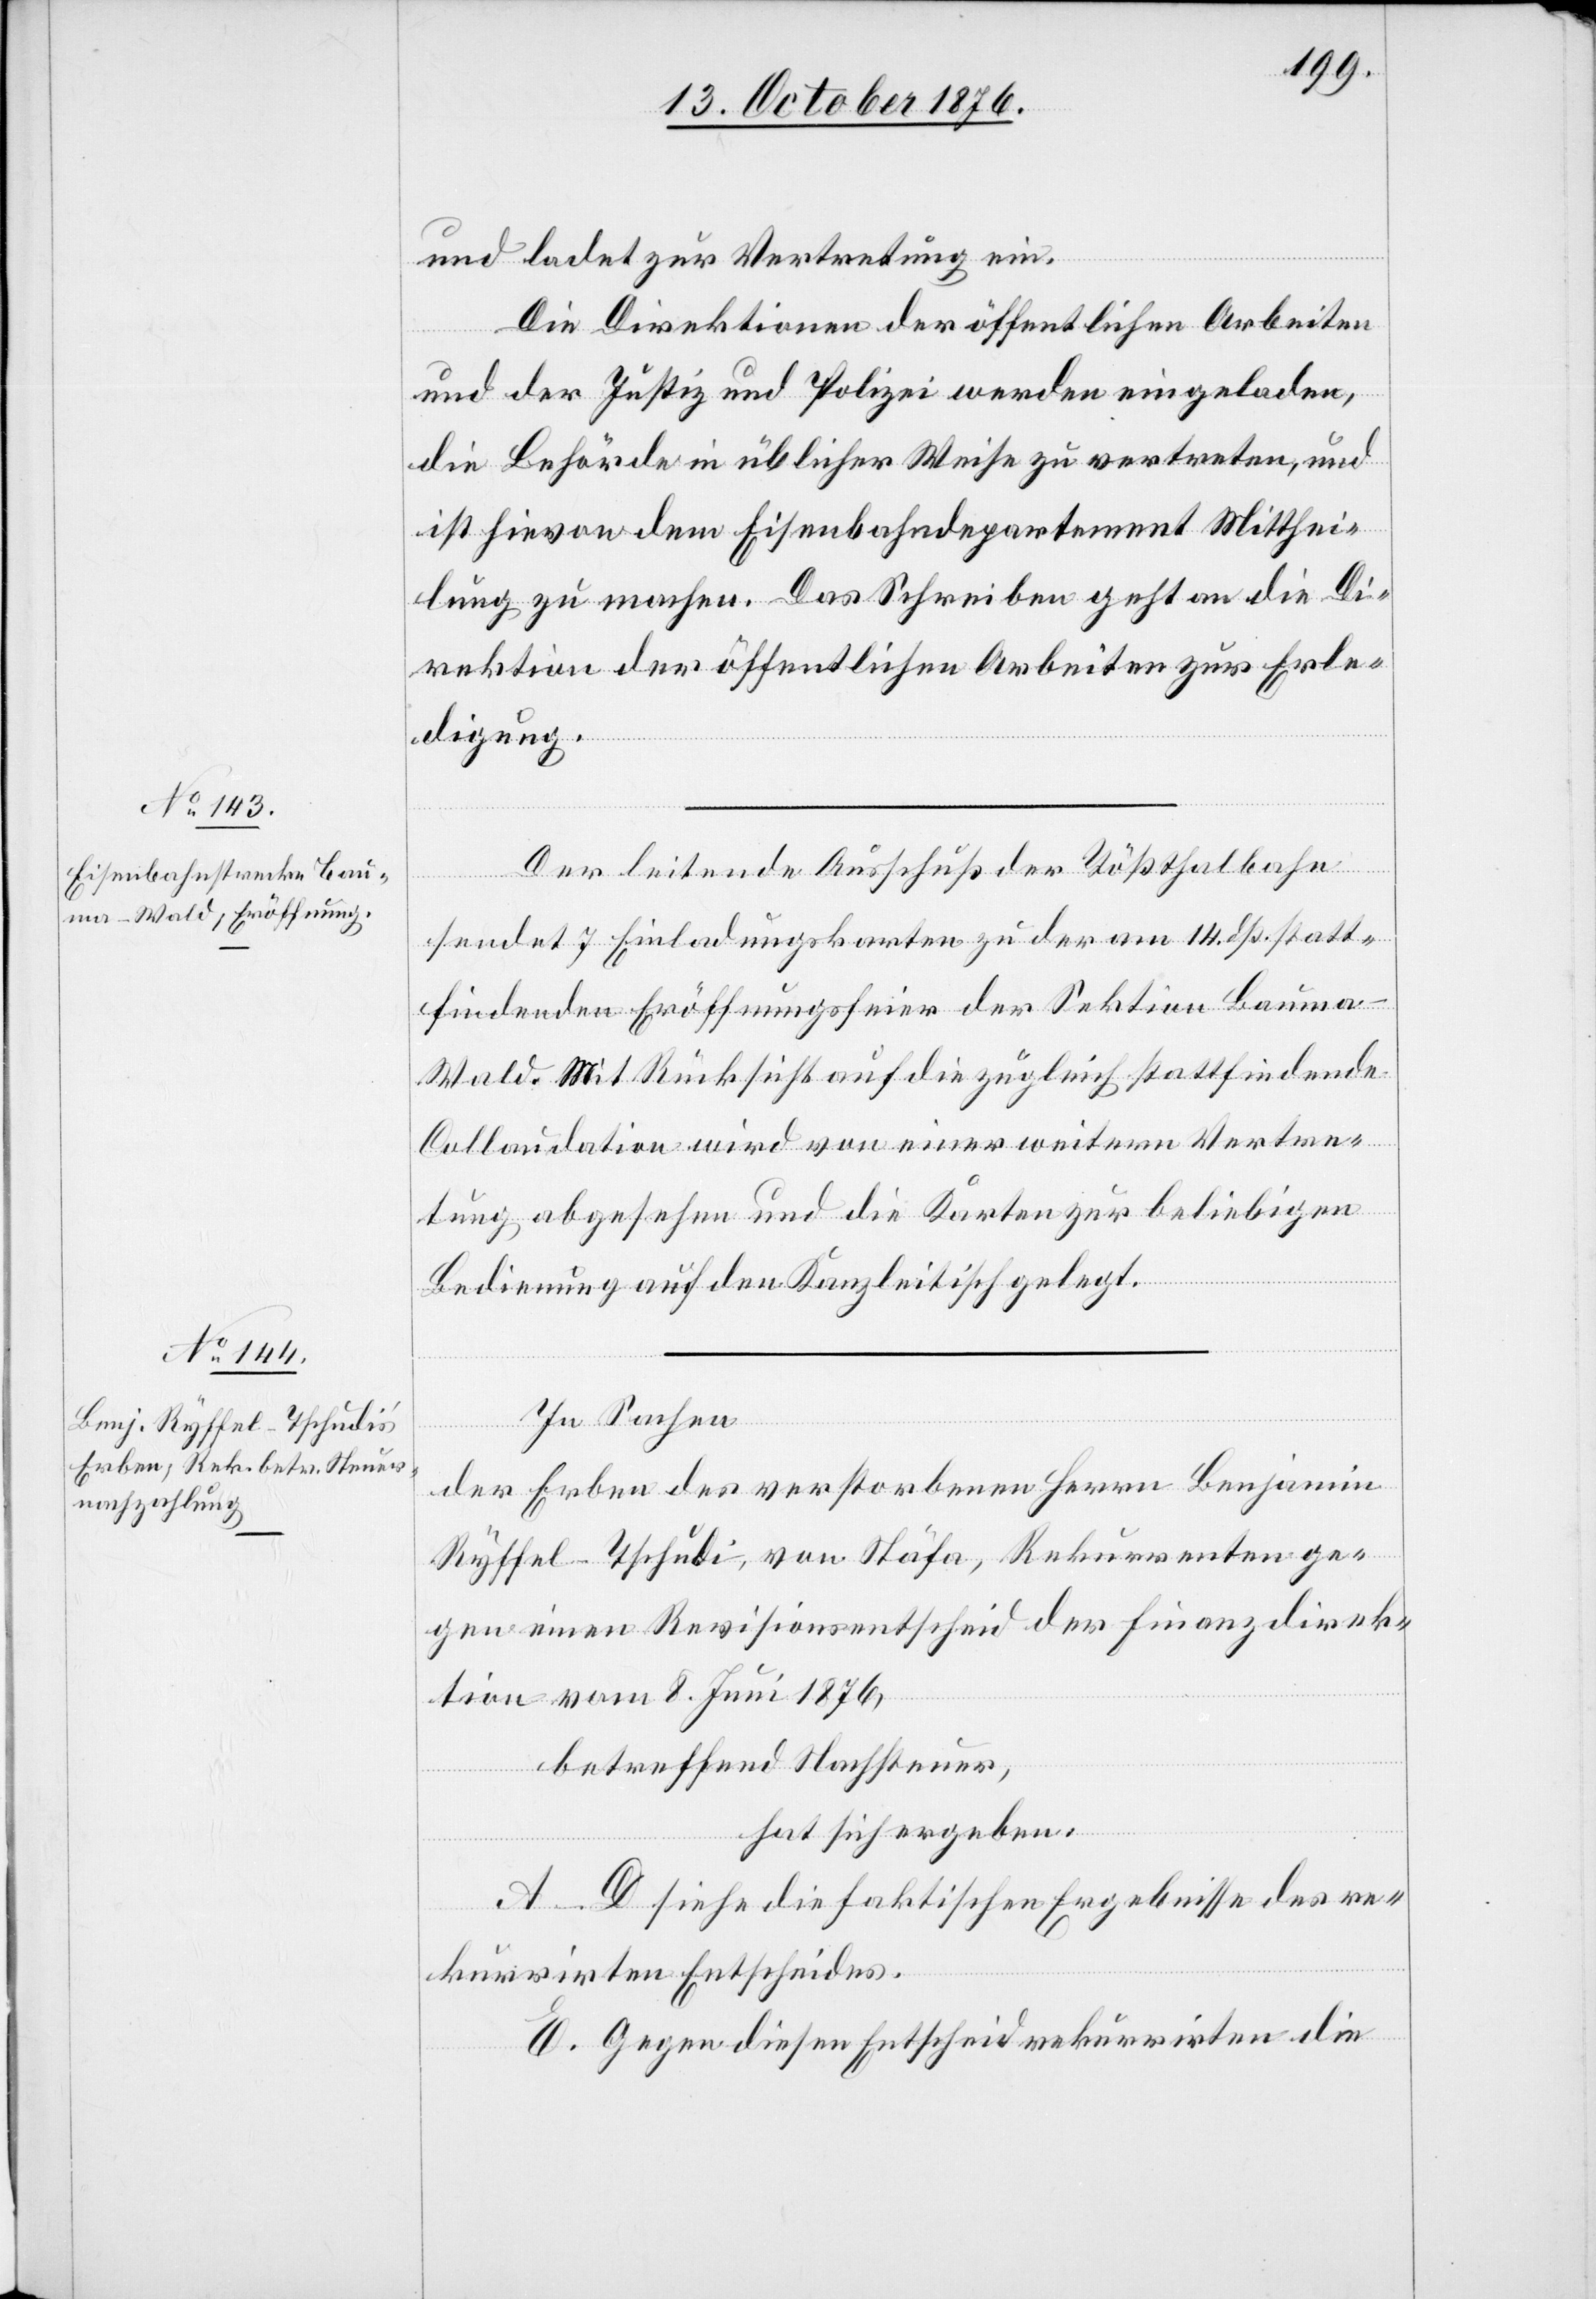
und ladet zur Vertretung ein.
Die Direktionen der öffentlichen Arbeiten
und der Justiz und Polizei werden eingeladen,
die Behörde in üblicher Weise zu vertreten, und
ist hievon dem Eisenbahndepartement Mitthei¬
lung zu machen. Das Schreiben geht an die Di¬
rektion der öffentlichen Arbeiten zur Erle¬
digung.
Der leitende Ausschuß der Tößthalbahn
sendet 7 Einladungskarten zu der am 14. dß. statt¬
findenden Eröffnungsfeier der Sektion Baum¬
a–Wald. Mit Rücksicht auf die zugleich stattfindende
Collaudation wird von einer weitern Vertre¬
tung abgesehen und die Karten zur beliebigen
Bedienung auf den Kanzleitisch gelegt.
In Sachen
der Erben des verstorbenen Herrn Benjamin
Ryffel-Tschudi, von Stäfa, Rekurrenten ge¬
gen einen Revisionsentscheid der Finanzdirek¬
tion vom 8. Juni 1876,
betreffend Nachsteuer,
hat sich ergeben:
A–D siehe die faktischen Ergebnisse des re¬
kurrirten Entscheides.
E. Gegen diesen Entscheid rekurrirten die